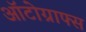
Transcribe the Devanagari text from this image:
ऑटोग्राफ्स